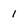
Character: 1